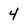
Character: 4